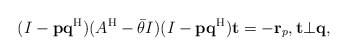
\begin{align*}(I-{\bf p}{\bf q}^{\rm H})(A^{\rm H}-\bar{\theta} I)(I-{\bf p}{\bf q}^{\rm H}){\bf t}=-{\bf r}_p,{\bf t}\bot{\bf q},\end{align*}